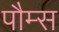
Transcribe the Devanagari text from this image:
पौम्स